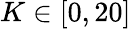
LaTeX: K\in[0,20]